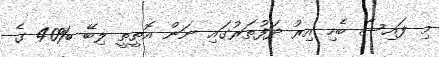
މި ފައިސާ ބެހި އިރު ދަފުތަރުގައި ނަން އޮތީތީ ލިބޭ %40 ގެ